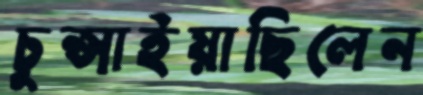
চুপ্‌সাইয়াছিলেন